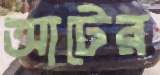
আটের